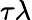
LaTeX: \tau\lambda